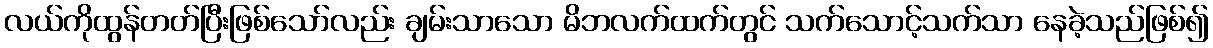
လယ်ကိုထွန်တတ်ပြီးဖြစ်သော်လည်း ချမ်းသာသော မိဘလက်ထက်တွင် သက်သောင့်သက်သာ နေခဲ့သည်ဖြစ်၍